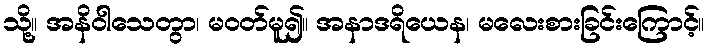
သို့။ အနိဝါသေတွာ၊ မဝတ်မူ၍။ အနာဒရိယေန၊ မလေးစားခြင်းကြောင့်။